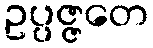
ဥပ္ပဇ္ဇတေ